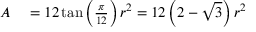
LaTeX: \begin{array} { r l } { A } & { { } = 1 2 \tan \left( { \frac { \pi } { 1 2 } } \right) r ^ { 2 } = 1 2 \left( 2 - { \sqrt { 3 } } \right) r ^ { 2 } } \end{array}